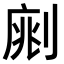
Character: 𠝡